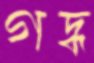
গদ্ধ